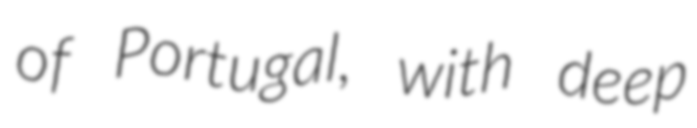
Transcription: of Portugal, with deep